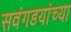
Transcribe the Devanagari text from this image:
सवंगडयांच्या